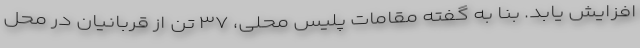
افزایش یابد. بنا به گفته مقامات پلیس محلی، ۳۷ تن از قربانیان در محل